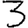
Digit: 3